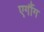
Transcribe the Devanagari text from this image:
एर्गौग